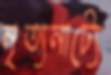
নৃত্যনাট্যে